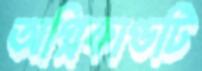
অগ্নিকাণ্ডটি